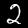
Label: 2